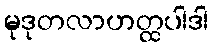
မုဒုတလာဟတ္ထပါဒါ